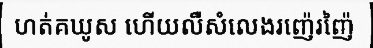
ហត់គឃូស ហើយលឺសំលេងរញ៉េរញ៉ៃ